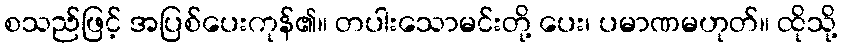
စသည်ဖြင့် အပြစ်ပေးကုန်၏။ တပါးသောမင်းတို့ ပေး၊ ပမာဏမဟုတ်။ ထိုသို့